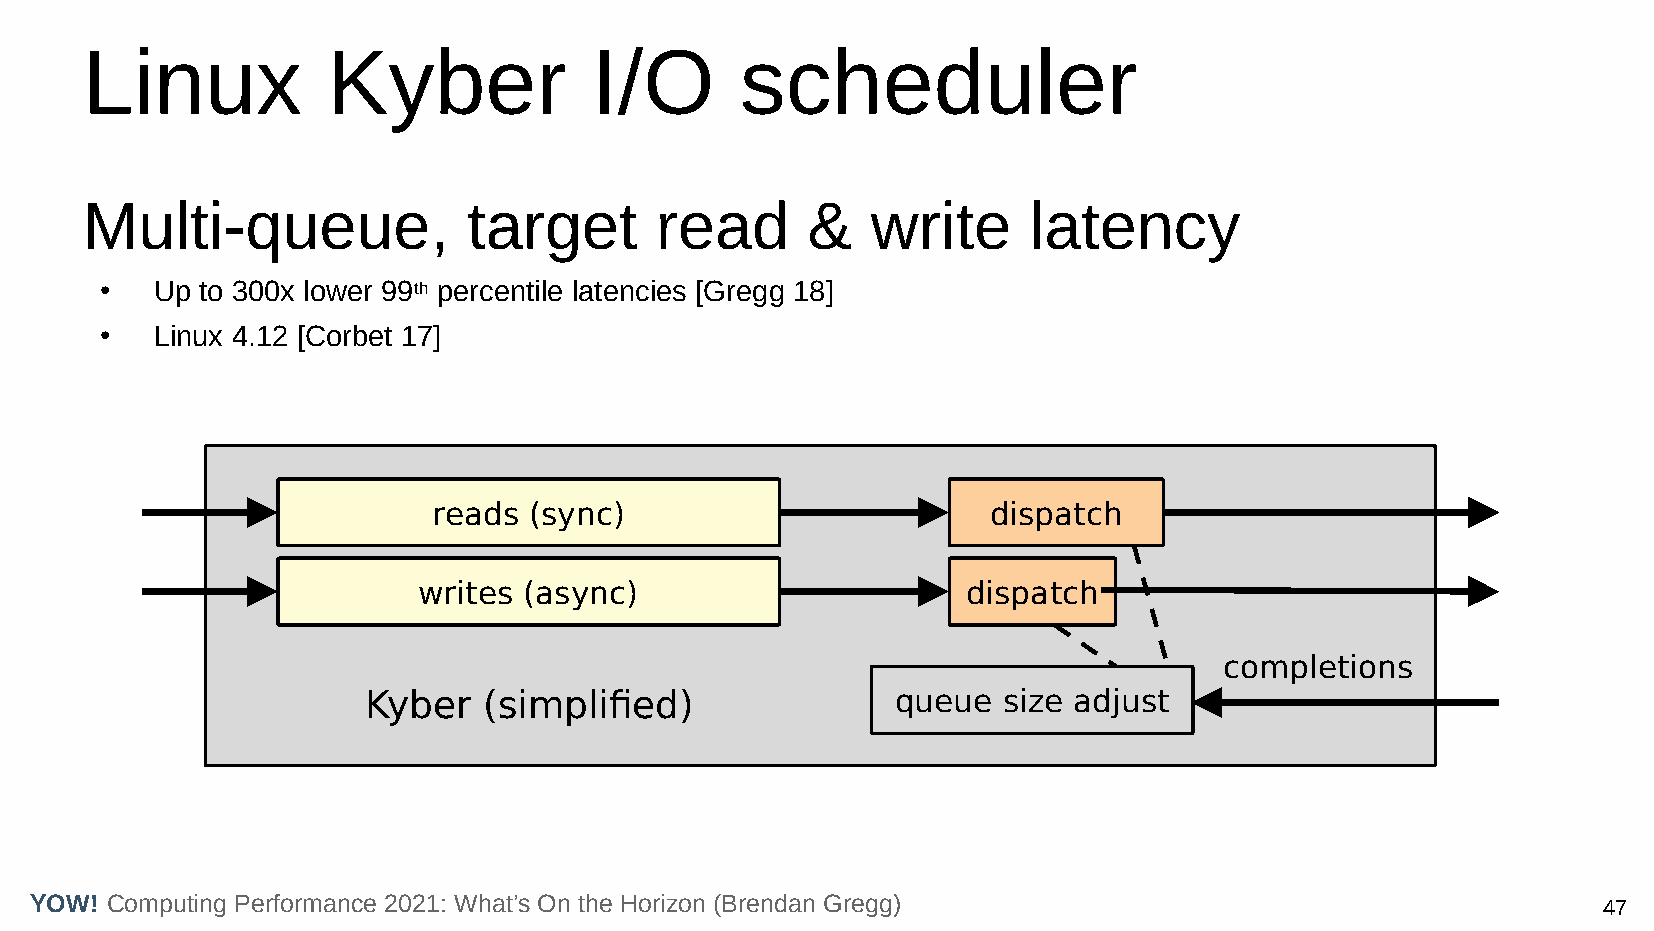
Linux            Kyber            I/O       scheduler
 Multi-queue,              target      read      &    write     latency
 ●  Up to 300x lower 99th percentile latencies [Gregg 18]
 ●  Linux 4.12 [Corbet 17]
 reads (sync)                         dispatch
 writes (async)                      dispatch
 completions
 Kyber   (simplified)               queue  size adjust
 YOW! Computing Performance 2021: What’s On the Horizon (Brendan Gregg)                                  47